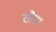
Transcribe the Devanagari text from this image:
सौमा